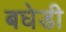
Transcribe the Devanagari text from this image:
बघेडी